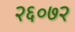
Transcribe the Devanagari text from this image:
२६०७२